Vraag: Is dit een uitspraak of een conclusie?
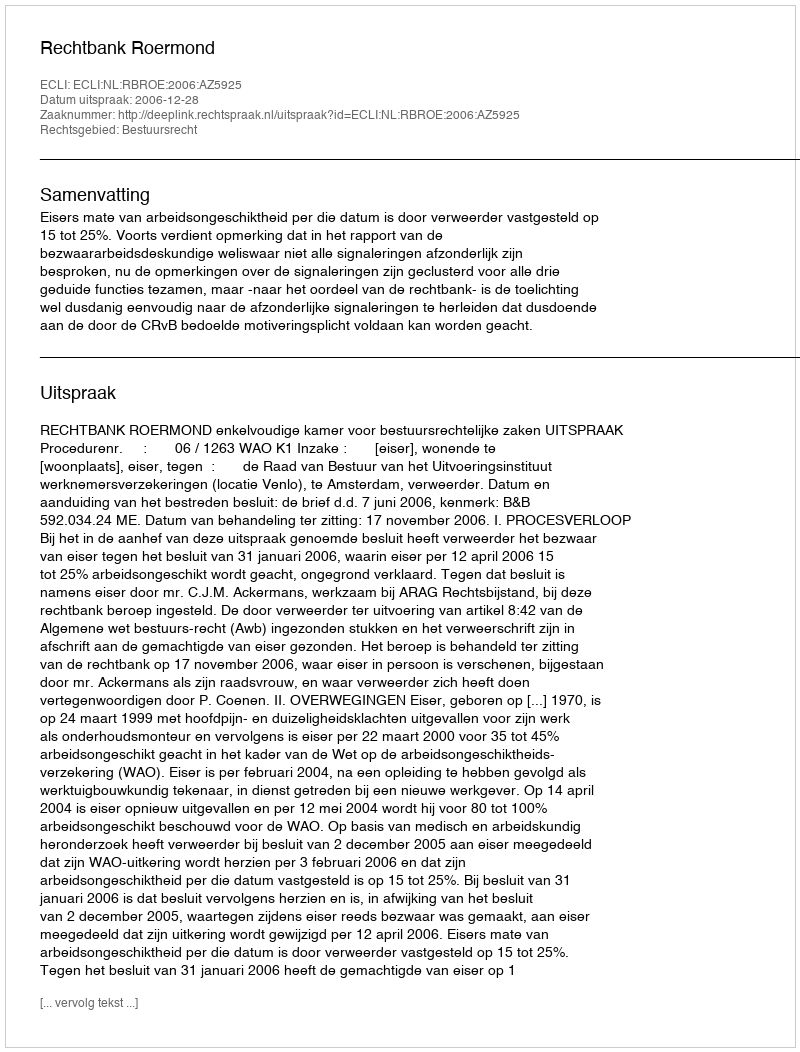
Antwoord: Uitspraak